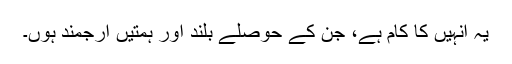
یہ انہیں کا کام ہے، جن کے حوصلے بلند اور ہمتیں ارجمند ہوں۔